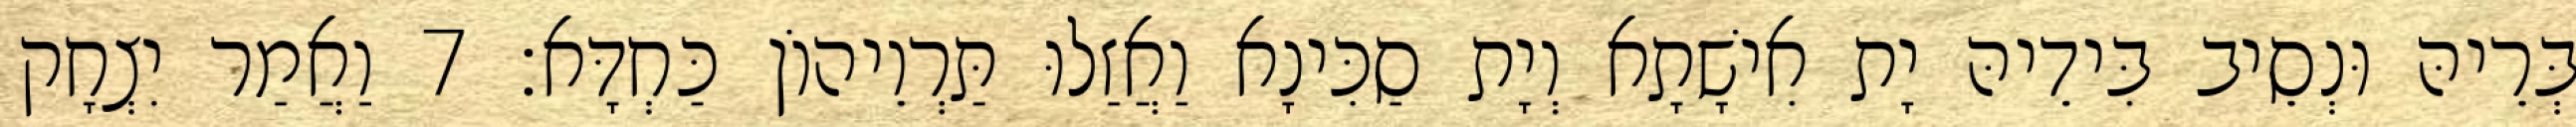
בְּרֵיהּ וּנְסֵיב בִּידֵיהּ יָת אִישָׁתָא וְיָת סַכִּינָא וַאֲזַלוּ תַּרְוֵיהוֹן כַּחְדָּא׃ 7 וַאֲמַר יִצְחָק